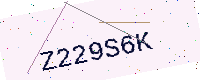
Text: Z229S6K